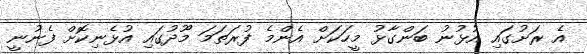
އެ ރަށުގައި އުޅުނު ބަންގާޅު މީހަކަށް އެންމެ ފުރަތަމަ މޫދުގައި އުޅެނިކޮށް ފެނުނީ